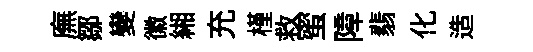
廡鄒變徽緗充槿救蜜障翡化造